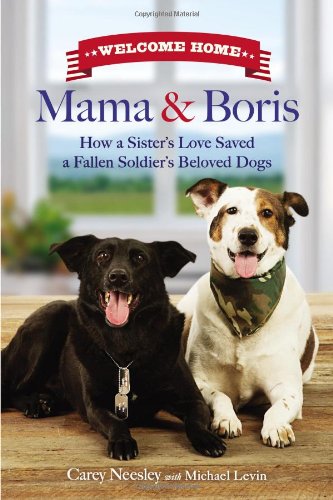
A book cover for Welcome Home Mama and Boris: How a Sister's Love Saved a Fallen Soldier's Beloved Dogs; Carey Neesley; Science & Math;